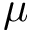
\mu